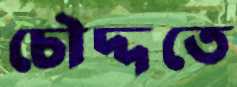
চৌদ্দতে